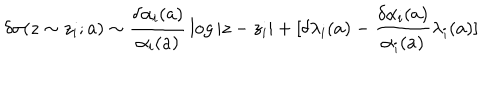
LaTeX: \delta \sigma ( z \sim z _ { i } ; a ) \sim { \frac { \delta \alpha _ { i } ( a ) } { \alpha _ { i } ( a ) } } \log | z - z _ { i } | + [ \delta \lambda _ { i } ( a ) - { \frac { \delta \alpha _ { i } ( a ) } { \alpha _ { i } ( a ) } } \lambda _ { i } ( a ) ]